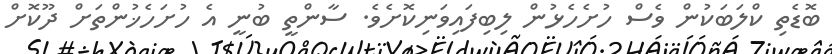
ބޮޑެތި ކްލަބަކުން ވެސް ހުށެހެޅުން ލިބިފައިވަނިކޮށެވެ. ސާންތީ ބުނީ އެ ހުށަހެޚުންތަށް ދޫކޮށް